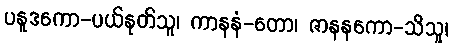
ပနူဒကော-ပယ်နုတ်သူ၊ ကာနနံ-တော၊ ဇာနနကော-သိသူ၊